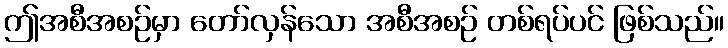
ဤအစီအစဉ်မှာ တော်လှန်သော အစီအစဉ် တစ်ရပ်ပင် ဖြစ်သည်။